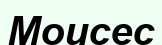
Моисес